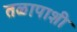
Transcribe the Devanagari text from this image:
तळापाशी